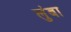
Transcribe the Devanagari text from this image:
लुंबा